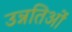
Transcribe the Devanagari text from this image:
उन्नतिओं